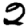
Digit: 2